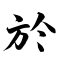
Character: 於